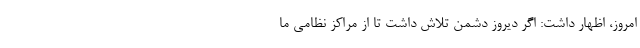
امروز، اظهار داشت: اگر دیروز دشمن تلاش داشت تا از مراکز نظامی ما